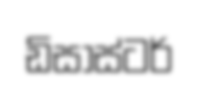
ඩිසාස්ටර්